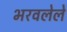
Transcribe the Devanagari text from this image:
भरवलेले